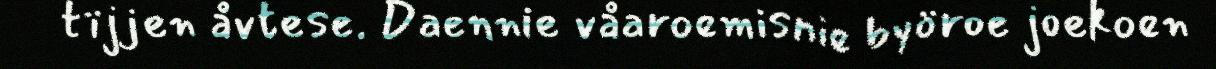
tïjjen åvtese. Daennie våaroemisnie byöroe joekoen